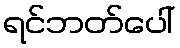
ရင်ဘတ်ပေါ်